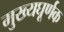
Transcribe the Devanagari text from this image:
मुख्यघूर्णक